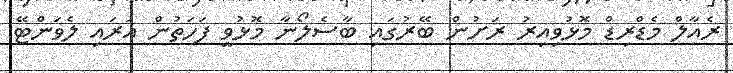
ރެއާލް މެޑްރިޑް މޮޅުވިއިރު ރަށުން ބޭރުގައި ބާސެލޯނާ މޮޅުވީ ފަހަތުން އަރައި ލެވަންޓޭ